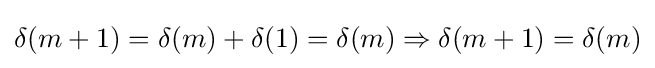
\delta (m+1)=\delta (m)+\delta (1)=\delta (m)\Rightarrow \delta (m+1)=\delta (m)